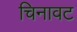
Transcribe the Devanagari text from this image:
चिनावट